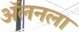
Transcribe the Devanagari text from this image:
अॅलनला